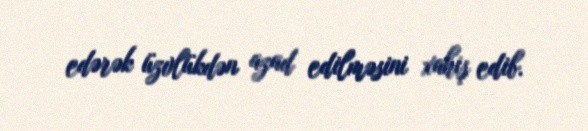
edərək üzvlükdən azad edilməsini xahiş edib.